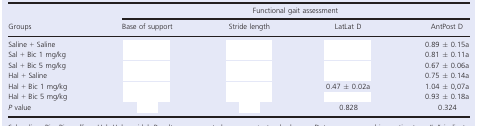
<table><thead><tr><td rowspan="2"><b>Groups</b></td><td colspan="4"><b>Functional gait assessment</b></td></tr><tr><td><b>Base of support</b></td><td><b>Stride length</b></td><td><b>LatLat D</b></td><td><b>AntPost D</b></td></tr></thead><tbody><tr><td>Saline + Saline</td><td>[EMPTY_CELL]</td><td>[EMPTY_CELL]</td><td>[EMPTY_CELL]</td><td>0.89 ± 0.15a</td></tr><tr><td>Sal + Bic 1 mg/kg</td><td>[EMPTY_CELL]</td><td>[EMPTY_CELL]</td><td>[EMPTY_CELL]</td><td>0.81 ± 0.11a</td></tr><tr><td>Sal + Bic 5 mg/kg</td><td>[EMPTY_CELL]</td><td>[EMPTY_CELL]</td><td>[EMPTY_CELL]</td><td>0.67 ± 0.06a</td></tr><tr><td>Hal + Saline</td><td>[EMPTY_CELL]</td><td>[EMPTY_CELL]</td><td>[EMPTY_CELL]</td><td>0.75 ± 0.14a</td></tr><tr><td>Hal + Bic 1 mg/kg</td><td>[EMPTY_CELL]</td><td>[EMPTY_CELL]</td><td>0.47 ± 0.02a</td><td>1.04 ± 0,07a</td></tr><tr><td>Hal + Bic 5 mg/kg</td><td>[EMPTY_CELL]</td><td>[EMPTY_CELL]</td><td>[EMPTY_CELL]</td><td>0.93 ± 0.18a</td></tr><tr><td><i>P</i> value</td><td>[EMPTY_CELL]</td><td>[EMPTY_CELL]</td><td>0.828</td><td>0.324</td></tr></tbody></table>